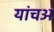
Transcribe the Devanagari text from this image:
यांचअ